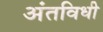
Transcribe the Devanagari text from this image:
अंतविधी